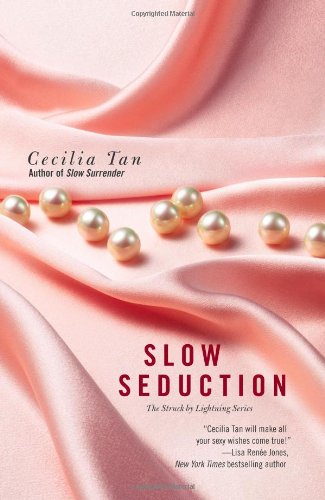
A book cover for Slow Seduction (Struck by Lightning); Cecilia Tan; Romance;